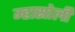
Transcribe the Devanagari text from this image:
म्हासोली